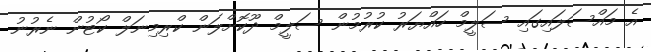
އެ މައްސަލައިގައި ސަލީމް ހައްޔަރު ކުރުމުން ސަލީމް ދޫކޮށްލަން ކްރިމިނަލް ކޯޓުން ނެރުނު